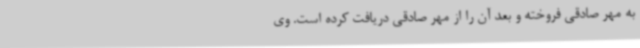
به مهر صادقی فروخته و بعد آن را از مهر صادقی دریافت کرده است. وی